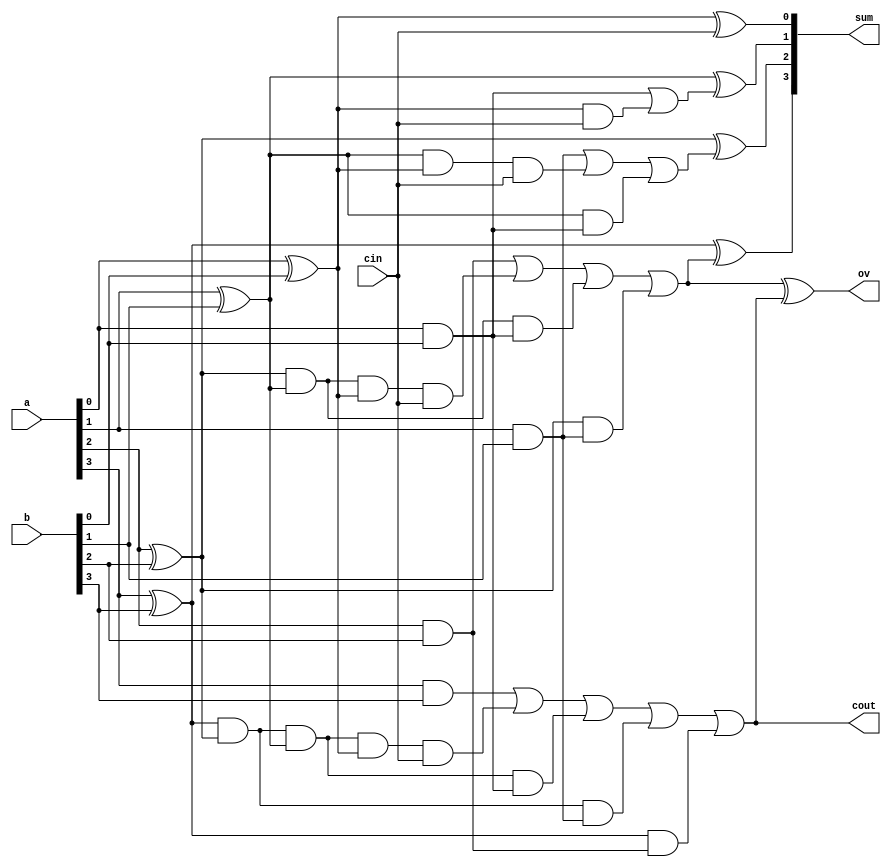
module CLadder_4 (a,b,cin,sum,cout,ov);
input[3:0] a,b;
input cin;
output[3:0] sum;
output cout,ov;

xor #2 (p0,a[0],b[0]);
xor #2 (p1,a[1],b[1]);
xor #2 (p2,a[2],b[2]);
xor #2 (p3,a[3],b[3]);
and #2 (g0,a[0],b[0]);
and #2 (g1,a[1],b[1]);
and #2 (g2,a[2],b[2]);
and #2 (g3,a[3],b[3]);
and #2 (d0,p0,cin);
or #2 (c0,g0,d0);
and #2 (d10,p1,p0,cin);
and #2 (d11,p1,g0);
or #2 (c1,g1,d10,d11);
and #2 (d20,p2,p1,p0,cin);
and #2 (d21,p2,p1,g0);
and #2 (d22,p2,g1);
or #2 (c2,g2,d20,d21,d22);
and #2 (d30,p3,p2,p1,p0,cin);
and #2 (d31,p3,p2,p1,g0);
and #2 (d32,p3,p2,g1);
and #2 (d33,p3,g2);
or #2 (cout,g3,d30,d31,d32,d33);
xor #2 (sum[0],p0,cin);
xor #2 (sum[1],p1,c0);
xor #2 (sum[2],p2,c1);
xor #2 (sum[3],p3,c2);
xor #2 (ov,c2,cout);

endmodule